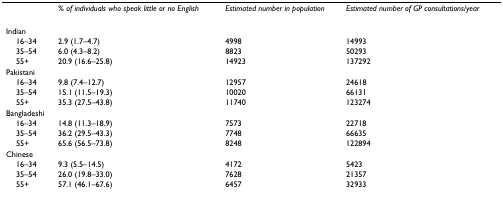
|  | % of individuals who speak little or no English | Estimated number in population | Estimated number of GP consultations/year |
 | --- | --- | --- | --- |
 | Indian |  |  |  |
 | 16–34 | 2.9 (1.7–4.7) | 4998 | 14993 |
 | 35–54 | 6.0 (4.3–8.2) | 8823 | 50293 |
 | 55+ | 20.9 (16.6–25.8) | 14923 | 137292 |
 | Pakistani |  |  |  |
 | 16–34 | 9.8 (7.4–12.7) | 12957 | 24618 |
 | 35–54 | 15.1 (11.5–19.3) | 10020 | 66131 |
 | 55+ | 35.3 (27.5–43.8) | 11740 | 123274 |
 | Bangladeshi |  |  |  |
 | 16–34 | 14.8 (11.3–18.9) | 7573 | 22718 |
 | 35–54 | 36.2 (29.5–43.3) | 7748 | 66635 |
 | 55+ | 65.6 (56.5–73.8) | 8248 | 122894 |
 | Chinese |  |  |  |
 | 16–34 | 9.3 (5.5–14.5) | 4172 | 5423 |
 | 35–54 | 26.0 (19.8–33.0) | 7628 | 21357 |
 | 55+ | 57.1 (46.1–67.6) | 6457 | 32933 |